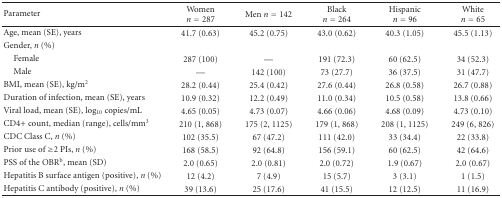
<table><thead><tr><td><b>Parameter</b></td><td><b>Women <i>n</i> = 287</b></td><td><b>Men <i>n</i> = 142</b></td><td><b>Black <i>n</i> = 264</b></td><td><b>Hispanic <i>n</i> = 96</b></td><td><b>White <i>n</i> = 65</b></td></tr></thead><tbody><tr><td>Age, mean (SE), years</td><td>41.7 (0.63)</td><td>45.2 (0.75)</td><td>43.0 (0.62)</td><td>40.3 (1.05)</td><td>45.5 (1.13)</td></tr><tr><td>Gender, <i>n</i> (%)</td><td></td><td></td><td></td><td></td><td></td></tr><tr><td> Female</td><td>287 (100)</td><td>—</td><td>191 (72.3)</td><td>60 (62.5)</td><td>34 (52.3)</td></tr><tr><td> Male</td><td>—</td><td>142 (100)</td><td>73 (27.7)</td><td>36 (37.5)</td><td>31 (47.7)</td></tr><tr><td>BMI, mean (SE), kg/m<sup>2</sup></td><td>28.2 (0.44)</td><td>25.4 (0.42)</td><td>27.6 (0.44)</td><td>26.8 (0.58)</td><td>26.7 (0.88)</td></tr><tr><td>Duration of infection, mean (SE), years</td><td>10.9 (0.32)</td><td>12.2 (0.49)</td><td>11.0 (0.34)</td><td>10.5 (0.58)</td><td>13.8 (0.66)</td></tr><tr><td>Viral load, mean (SE), log<sub>10</sub> copies/mL</td><td>4.65 (0.05)</td><td>4.73 (0.07)</td><td>4.66 (0.06)</td><td>4.68 (0.09)</td><td>4.73 (0.10)</td></tr><tr><td>CD4+ count, median (range), cells/mm<sup>3</sup></td><td>210 (1, 868)</td><td>175 (2, 1125)</td><td>179 (1, 868)</td><td>208 (1, 1125)</td><td>249 (6, 826)</td></tr><tr><td>CDC Class C, <i>n</i> (%)</td><td>102 (35.5)</td><td>67 (47.2)</td><td>111 (42.0)</td><td>33 (34.4)</td><td>22 (33.8)</td></tr><tr><td>Prior use of ≥2 PIs, <i>n</i> (%)</td><td>168 (58.5)</td><td>92 (64.8)</td><td>156 (59.1)</td><td>60 (62.5)</td><td>42 (64.6)</td></tr><tr><td>PSS of the OBR<sup>b</sup>, mean (SD)</td><td>2.0 (0.65)</td><td>2.0 (0.81)</td><td>2.0 (0.72)</td><td>1.9 (0.67)</td><td>2.0 (0.67)</td></tr><tr><td>Hepatitis B surface antigen (positive), <i>n</i> (%)</td><td>12 (4.2)</td><td>7 (4.9)</td><td>15 (5.7)</td><td>3 (3.1)</td><td>1 (1.5)</td></tr><tr><td>Hepatitis C antibody (positive), <i>n</i> (%)</td><td>39 (13.6)</td><td>25 (17.6)</td><td>41 (15.5)</td><td>12 (12.5)</td><td>11 (16.9)</td></tr></tbody></table>